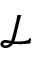
\mathcal { L }